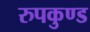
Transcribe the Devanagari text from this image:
रुपकुण्ड